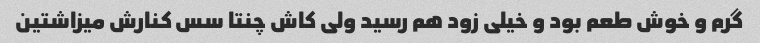
گرم و خوش طعم بود و خیلی زود هم رسید ولی کاش چنتا سس کنارش میزاشتین